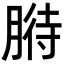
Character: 𦞒